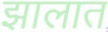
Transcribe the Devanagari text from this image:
झालात